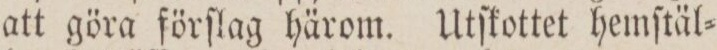
att göra förſlag härom. Utſkottet hemſtäl=